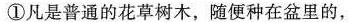
①凡是普通的花草树木，随便种在盆里的，